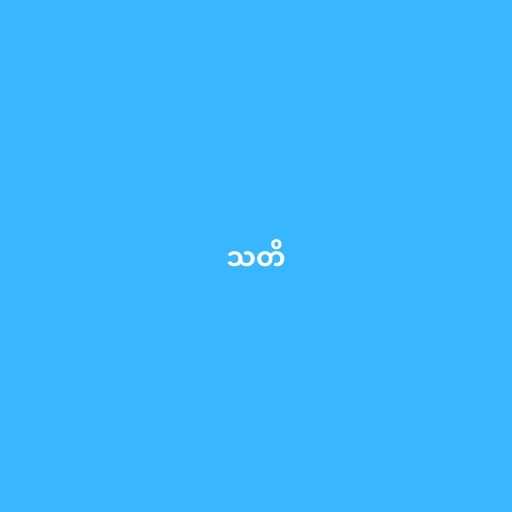
သတိ